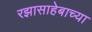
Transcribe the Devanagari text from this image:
रझासाहेबाच्या